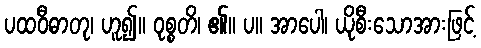
ပထဝီဓာတု၊ ဟူ၍။ ဝုစ္စတိ၊ ၏။ ပ။ အာပေါ၊ ယိုစီးသောအားဖြင့်